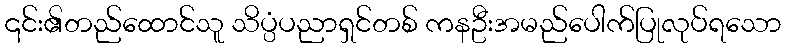
၎င်း၏တည်ထောင်သူ သိပ္ပံပညာရှင်တစ် ကနဦးအမည်ပေါက်ပြုလုပ်ရသော